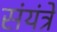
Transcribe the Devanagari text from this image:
संयंत्रें